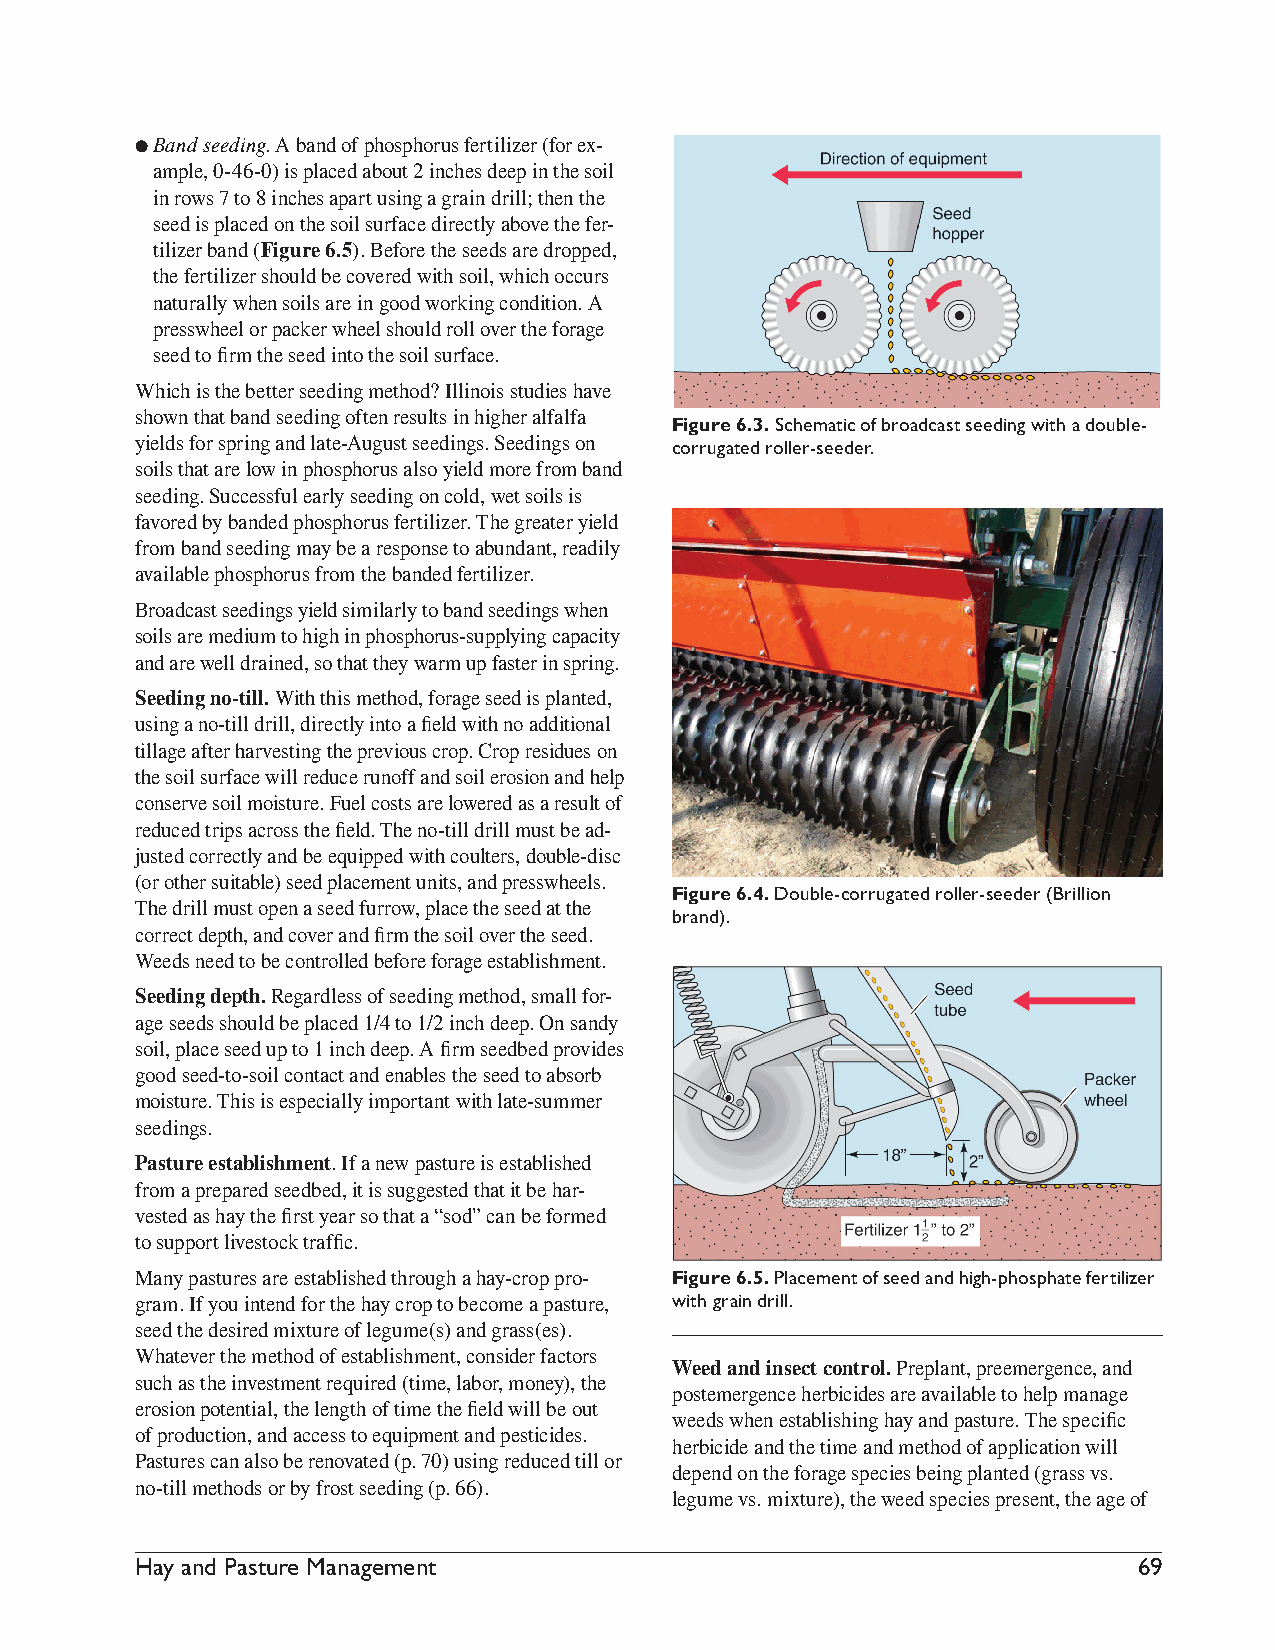
l B and seeding. A band of phosphorus fertilizer (for ex-
 ample, 0-46-0) is placed about 2 inches deep in the soil
 in rows 7 to 8 inches apart using a grain drill; then the
 seed is placed on the soil surface directly above the fer-
 tilizer band (Figure 6.5). Before the seeds are dropped,
 the fertilizer should be covered with soil, which occurs
 naturally when soils are in good working condition. A
 presswheel or packer wheel should roll over the forage
 seed to firm the seed into the soil surface.
 Which is the better seeding method? Illinois studies have
 shown that band seeding often results in higher alfalfa
 Figure 6.3. Schematic of broadcast seeding with a double-
 yields for spring and late-August seedings. Seedings on
 corrugated roller-seeder.
 soils that are low in phosphorus also yield more from band
 seeding. Successful early seeding on cold, wet soils is
 favored by banded phosphorus fertilizer. The greater yield
 from band seeding may be a response to abundant, readily
 available phosphorus from the banded fertilizer.
 Broadcast seedings yield similarly to band seedings when
 soils are medium to high in phosphorus-supplying capacity
 and are well drained, so that they warm up faster in spring.
 Seeding no-till. With this method, forage seed is planted,
 using a no-till drill, directly into a field with no additional
 tillage after harvesting the previous crop. Crop residues on
 the soil surface will reduce runoff and soil erosion and help
 conserve soil moisture. Fuel costs are lowered as a result of
 reduced trips across the field. The no-till drill must be ad-
 justed correctly and be equipped with coulters, double-disc
 (or other suitable) seed placement units, and presswheels.
 Figure 6.4. Double-corrugated roller-seeder (Brillion
 The drill must open a seed furrow, place the seed at the
 brand).
 correct depth, and cover and firm the soil over the seed.
 Weeds need to be controlled before forage establishment.
 Seeding depth. Regardless of seeding method, small for-
 age seeds should be placed 1/4 to 1/2 inch deep. On sandy
 soil, place seed up to 1 inch deep. A firm seedbed provides
 good seed-to-soil contact and enables the seed to absorb
 moisture. This is especially important with late-summer
 seedings.
 Pasture establishment. If a new pasture is established
 from a prepared seedbed, it is suggested that it be har-
 vested as hay the first year so that a “sod” can be formed
 to support livestock traffic.
 Many pastures are established through a hay-crop pro- Figure 6.5. Placement of seed and high-phosphate fertilizer
 gram. If you intend for the hay crop to become a pasture, with grain drill.
 seed the desired mixture of legume(s) and grass(es).
 Whatever the method of establishment, consider factors
 Weed and insect control. Preplant, preemergence, and
 such as the investment required (time, labor, money), the
 postemergence herbicides are available to help manage
 erosion potential, the length of time the field will be out
 weeds when establishing hay and pasture. The specific
 of production, and access to equipment and pesticides.
 herbicide and the time and method of application will
 Pastures can also be renovated (p. 70) using reduced till or
 depend on the forage species being planted (grass vs.
 no-till methods or by frost seeding (p. 66).
 legume vs. mixture), the weed species present, the age of
 Hay and Pasture Management                                         69